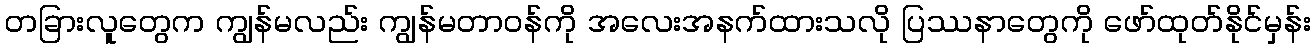
တခြားလူတွေက ကျွန်မလည်း ကျွန်မတာဝန်ကို အလေးအနက်ထားသလို ပြဿနာတွေကို ဖော်ထုတ်နိုင်မှန်း